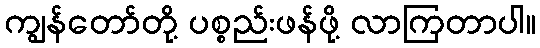
ကျွန်တော်တို့ ပစ္စည်းဖန်ဖို့ လာကြတာပါ။